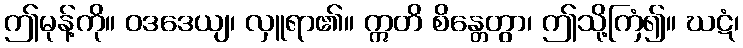
ဤမုန့်ကို။ ဝဒဒေယျ၊ လှူရာ၏။ ဣတိ စိန္တေတွာ၊ ဤသို့ကြံ၍။ ဃဋံ၊